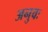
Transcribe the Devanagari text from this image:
अनुवः